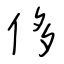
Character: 侈